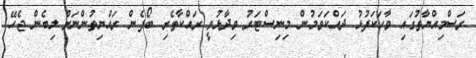
ރަސްމިއްޔާތުގައި ވާހަކަފުޅު ދައްކަވަމުން މިނިސްޓަރު ވިދާޅުވީ ރައްކާތެރި ބޯފެން ރައްޔިތުންނަށް ލިބެން ޖެހޭ